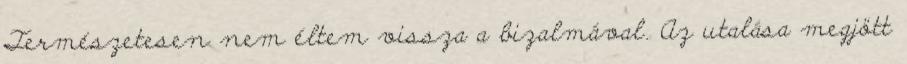
Természetesen nem éltem vissza a bizalmával. Az utalása megjött